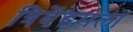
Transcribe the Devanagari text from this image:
त्रिवेंद्रमला